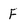
Character: F